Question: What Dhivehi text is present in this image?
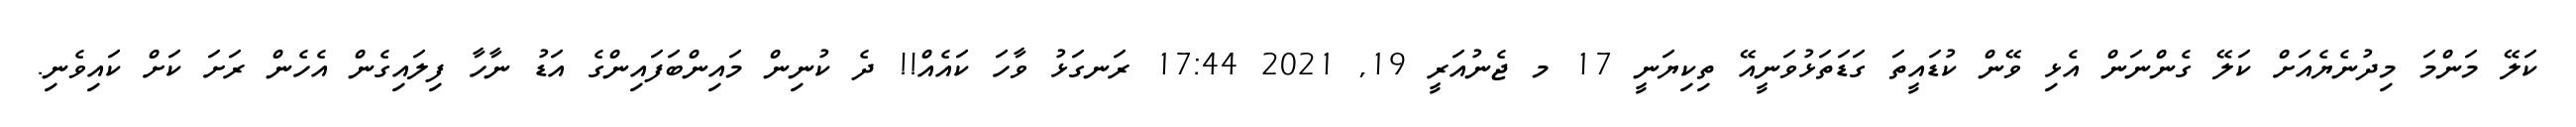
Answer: ކަލޭ މަންމަ މިދުނެޔެއަށް ކަލޭ ގެންނަން އެޅި ވޭން ކުޑައީތަ ގަޑަތަޅުވަނީއޭ ތިކިޔަނީ 17 މ ޖެނުއަރީ 19, 2021 17:44 ރަނގަޅު ވާހަ ކައެއް!! ދެ ކުނިން މައިންބަފައިންގެ އަޑު ނާހާ ފިލައިގެން އެހެން ރަށަ ކަށް ކައިވެނި.